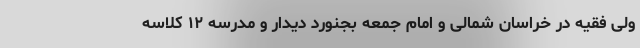
ولی فقیه در خراسان شمالی و امام جمعه بجنورد دیدار و مدرسه ۱۲ کلاسه